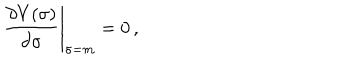
\left. \frac { \partial V ( \sigma ) } { \partial \sigma } \right| _ { \sigma = m } = 0 \, ,